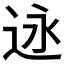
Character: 𬨣